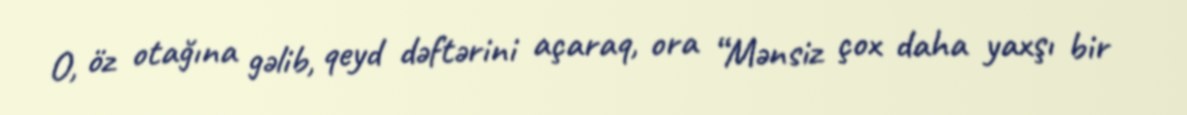
O, öz otağına gəlib, qeyd dəftərini açaraq, ora “Mənsiz çox daha yaxşı bir